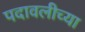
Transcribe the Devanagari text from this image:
पदावलीच्या